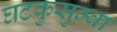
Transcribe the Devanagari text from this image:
घटकुसुम्बा